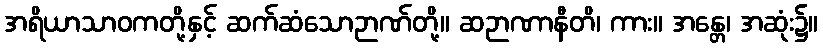
အရိယာသာဝကတို့နှင့် ဆက်ဆံသောဉာဏ်တို့။ ဆဉာဏာနီတိ၊ ကား။ အန္တေ၊ အဆုံး၌။